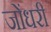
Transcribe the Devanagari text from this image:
जोंधरी